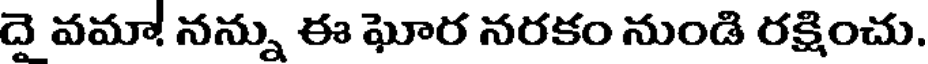
దె వమా! నన్ను ఈ ఘోర నరకం నుండి రక్షించు.